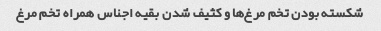
شکسته بودن تخم مرغ‌ها و کثیف شدن بقیه اجناس همراه تخم مرغ